Annual report on the mental hospital in the Central Provinces and Berar (Nagpur) - 1927-1951
Year: 1927
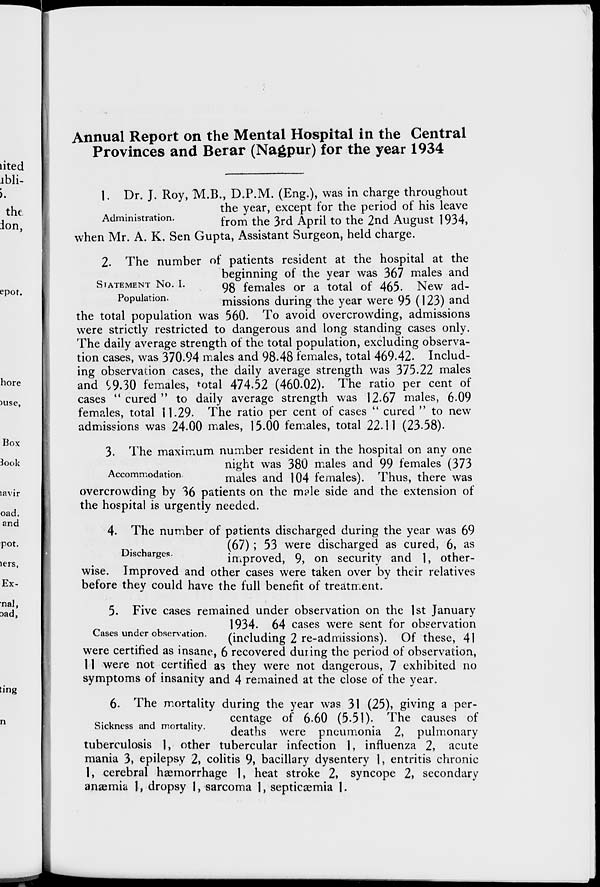
Annual Report on the Mental Hospital in the Central
Provinces and Berar (Nagpur) for the year 1934
Administration.
1. Dr. J. Roy, M.B., D.P.M. (Eng.), was in charge throughout
the year, except for the period of his leave
from the 3rd April to the 2nd August 1934,
when Mr. A. K. Sen Gupta, Assistant Surgeon, held charge.
STATEMENT No. I.
Population.
2. The number of patients resident at the hospital at the
beginning of the year was 367 males and
98 females or a total of 465. New ad-
missions during the year were 95 (123) and
the total population was 560. To avoid overcrowding, admissions
were strictly restricted to dangerous and long standing cases only.
The daily average strength of the total population, excluding observa-
tion cases, was 370.94 males and 98.48 females, total 469.42. Includ-
ing observation cases, the daily average strength was 375.22 males
and 99.30 females, total 474.52 (460.02). The ratio per cent of
cases " cured " to daily average strength was 12.67 males, 6.09
females, total 11.29. The ratio per cent of cases " cured " to new
admissions was 24.00 males, 15.00 females, total 22.11 (23.58).
Accommodation.
3. The maximum number resident in the hospital on any one
night was 380 males and 99 females (373
males and 104 females). Thus, there was
overcrowding by 36 patients on the male side and the extension of
the hospital is urgently needed.
Discharges.
4. The number of patients discharged during the year was 69
(67) ; 53 were discharged as cured, 6, as
improved, 9, on security and 1, other-
wise. Improved and other cases were taken over by their relatives
before they could have the full benefit of treatment.
Cases under observation.
5. Five cases remained under observation on the 1st January
1934. 64 cases were sent for observation
(including 2 re-admissions). Of these, 41
were certified as insane, 6 recovered during the period of observation,
11 were not certified as they were not dangerous, 7 exhibited no
symptoms of insanity and 4 remained at the close of the year.
Sickness and mortality.
6. The mortality during the year was 31 (25), giving a per-
centage of 6.60 (5.51). The causes of
deaths were pneumonia 2, pulmonary
tuberculosis 1, other tubercular infection 1, influenza 2, acute
mania 3, epilepsy 2, colitis 9, bacillary dysentery 1, entritis chronic
1, cerebral hæmorrhage 1, heat stroke 2, syncope 2, secondary
anæmia 1, dropsy 1, sarcoma 1, septicæmia 1.